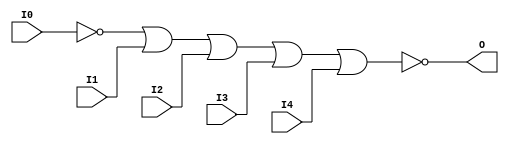
// $Header: /devl/xcs/repo/env/Databases/CAEInterfaces/verunilibs/data/uni9000/NOR5B1.v,v 1.4 2007/05/23 20:05:08 patrickp Exp $
///////////////////////////////////////////////////////////////////////////////
// Copyright (c) 1995/2004 Xilinx, Inc.
// All Right Reserved.
///////////////////////////////////////////////////////////////////////////////
//   ____  ____
//  /   /\/   /
// /___/  \  /    Vendor : Xilinx
// \   \   \/     Version : 7.1i (H.19)
//  \   \         Description : Xilinx Functional Simulation Library Component
//  /   /                  5-input NOR Gate
// /___/   /\     Filename : NOR5B1.v
// \   \  /  \    Timestamp : Thu Mar 25 16:42:06 PST 2004
//  \___\/\___\
//
// Revision:
//    03/23/04 - Initial version.
//    05/23/07 - Added wire declaration for internal signals.
//    05/23/07 - Changed timescale to 1 ps / 1 ps.

`timescale  1 ps / 1 ps

`celldefine

module NOR5B1 (O, I0, I1, I2, I3, I4);


    output O;

    input  I0, I1, I2, I3, I4;

    wire i0_inv;

    not N0 (i0_inv, I0);
    nor O1 (O, i0_inv, I1, I2, I3, I4);

    specify
	(I0 *> O) = (0, 0);
	(I1 *> O) = (0, 0);
	(I2 *> O) = (0, 0);
	(I3 *> O) = (0, 0);
	(I4 *> O) = (0, 0);
    endspecify

endmodule

`endcelldefine